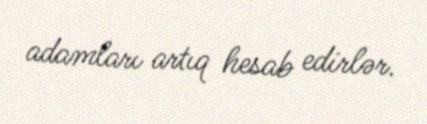
adamları artıq hesab edirlər.